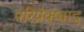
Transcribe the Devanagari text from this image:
परिप्रेक्ष्वाद